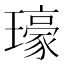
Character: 𤪗